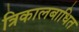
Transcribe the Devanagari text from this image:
त्रिकालबाधित